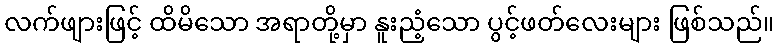
လက်ဖျားဖြင့် ထိမိသော အရာတို့မှာ နူးညံ့သော ပွင့်ဖတ်လေးများ ဖြစ်သည်။